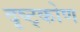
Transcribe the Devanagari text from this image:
दृष्ट्कोण